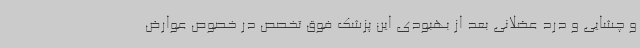
و چشایی و درد عضلانی بعد از بهبودی این پزشک فوق تخصص در خصوص عوارض